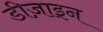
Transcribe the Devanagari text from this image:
डीज़ाइन